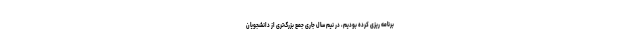
برنامه ریزی کرده بودیم، در نیم سال جاری جمع بزرگ‌تری از دانشجویان